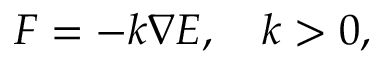
\begin{array} { r } { F = - k \nabla E , \quad k > 0 , } \end{array}